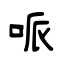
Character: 哌